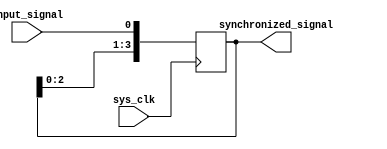
module synchronizer (
    input wire sys_clk,
    input wire input_signal,
    output reg [3:0] synchronized_signal
);

reg [3:0] sync_reg;

// Timing control block
always @(posedge sys_clk) begin
    sync_reg <= {sync_reg[2:0], input_signal};
end

// Synchronizer blocks
always @* begin
    synchronized_signal = sync_reg;
end

endmodule